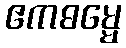
ဧကဓမ္မေ